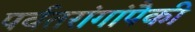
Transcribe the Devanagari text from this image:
पर्वतरांगांपैकी